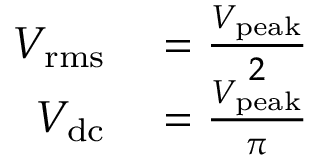
\begin{array} { r l } { V _ { \mathrm { r m s } } } & { { } = { \frac { V _ { \mathrm { p e a k } } } { 2 } } } \\ { V _ { \mathrm { d c } } } & { { } = { \frac { V _ { \mathrm { p e a k } } } { \pi } } } \end{array}